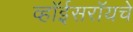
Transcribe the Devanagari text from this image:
व्हॉईसरॉयचे